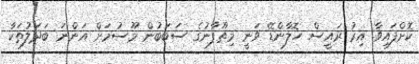
ކޮށްފައިވާ އިރު ރައީސް ހޮލާންޑޭ ވަނީ މިތޫފާނުގެ ސަބަބުން މޫސުމަށް އަންނަ ބަދަލުތަކާ